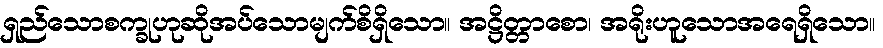
ရှည်သောစက္ခုဟုဆိုအပ်သောမျက်စိရှိသော။ အဋ္ဌိတ္တာစော၊ အရိုးဟူသောအရေရှိသော။